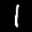
Label: 1